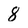
Character: 8